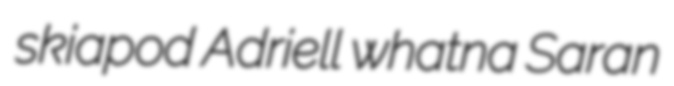
skiapod Adriell whatna Saran